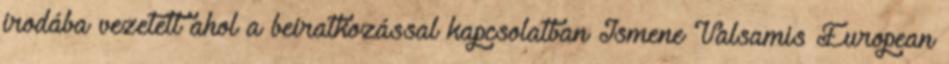
irodába vezetett ahol a beiratkozással kapcsolatban Ismene Valsamis European